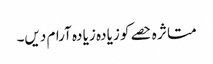
متا ثر ہ حصے کو زیا دہ زیا دہ آرام دیں۔